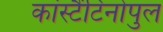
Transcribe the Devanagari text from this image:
कांस्टैंटिनोपुल